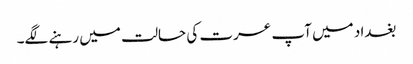
بغداد میں آپ عسرت کی حالت میں رہنے لگے۔